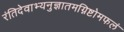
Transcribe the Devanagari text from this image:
रंतिदेवाभ्यनुज्ञातमग्निष्टोमफलं